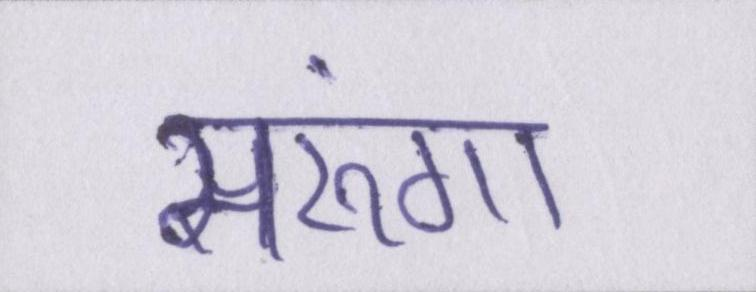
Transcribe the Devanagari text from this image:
मरूंगा